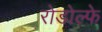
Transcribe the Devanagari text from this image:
रोडोल्फे